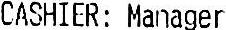
CASHIER: MANAGER